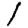
Digit: 1